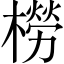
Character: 橯